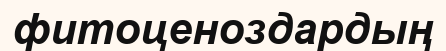
фитоценоздардың